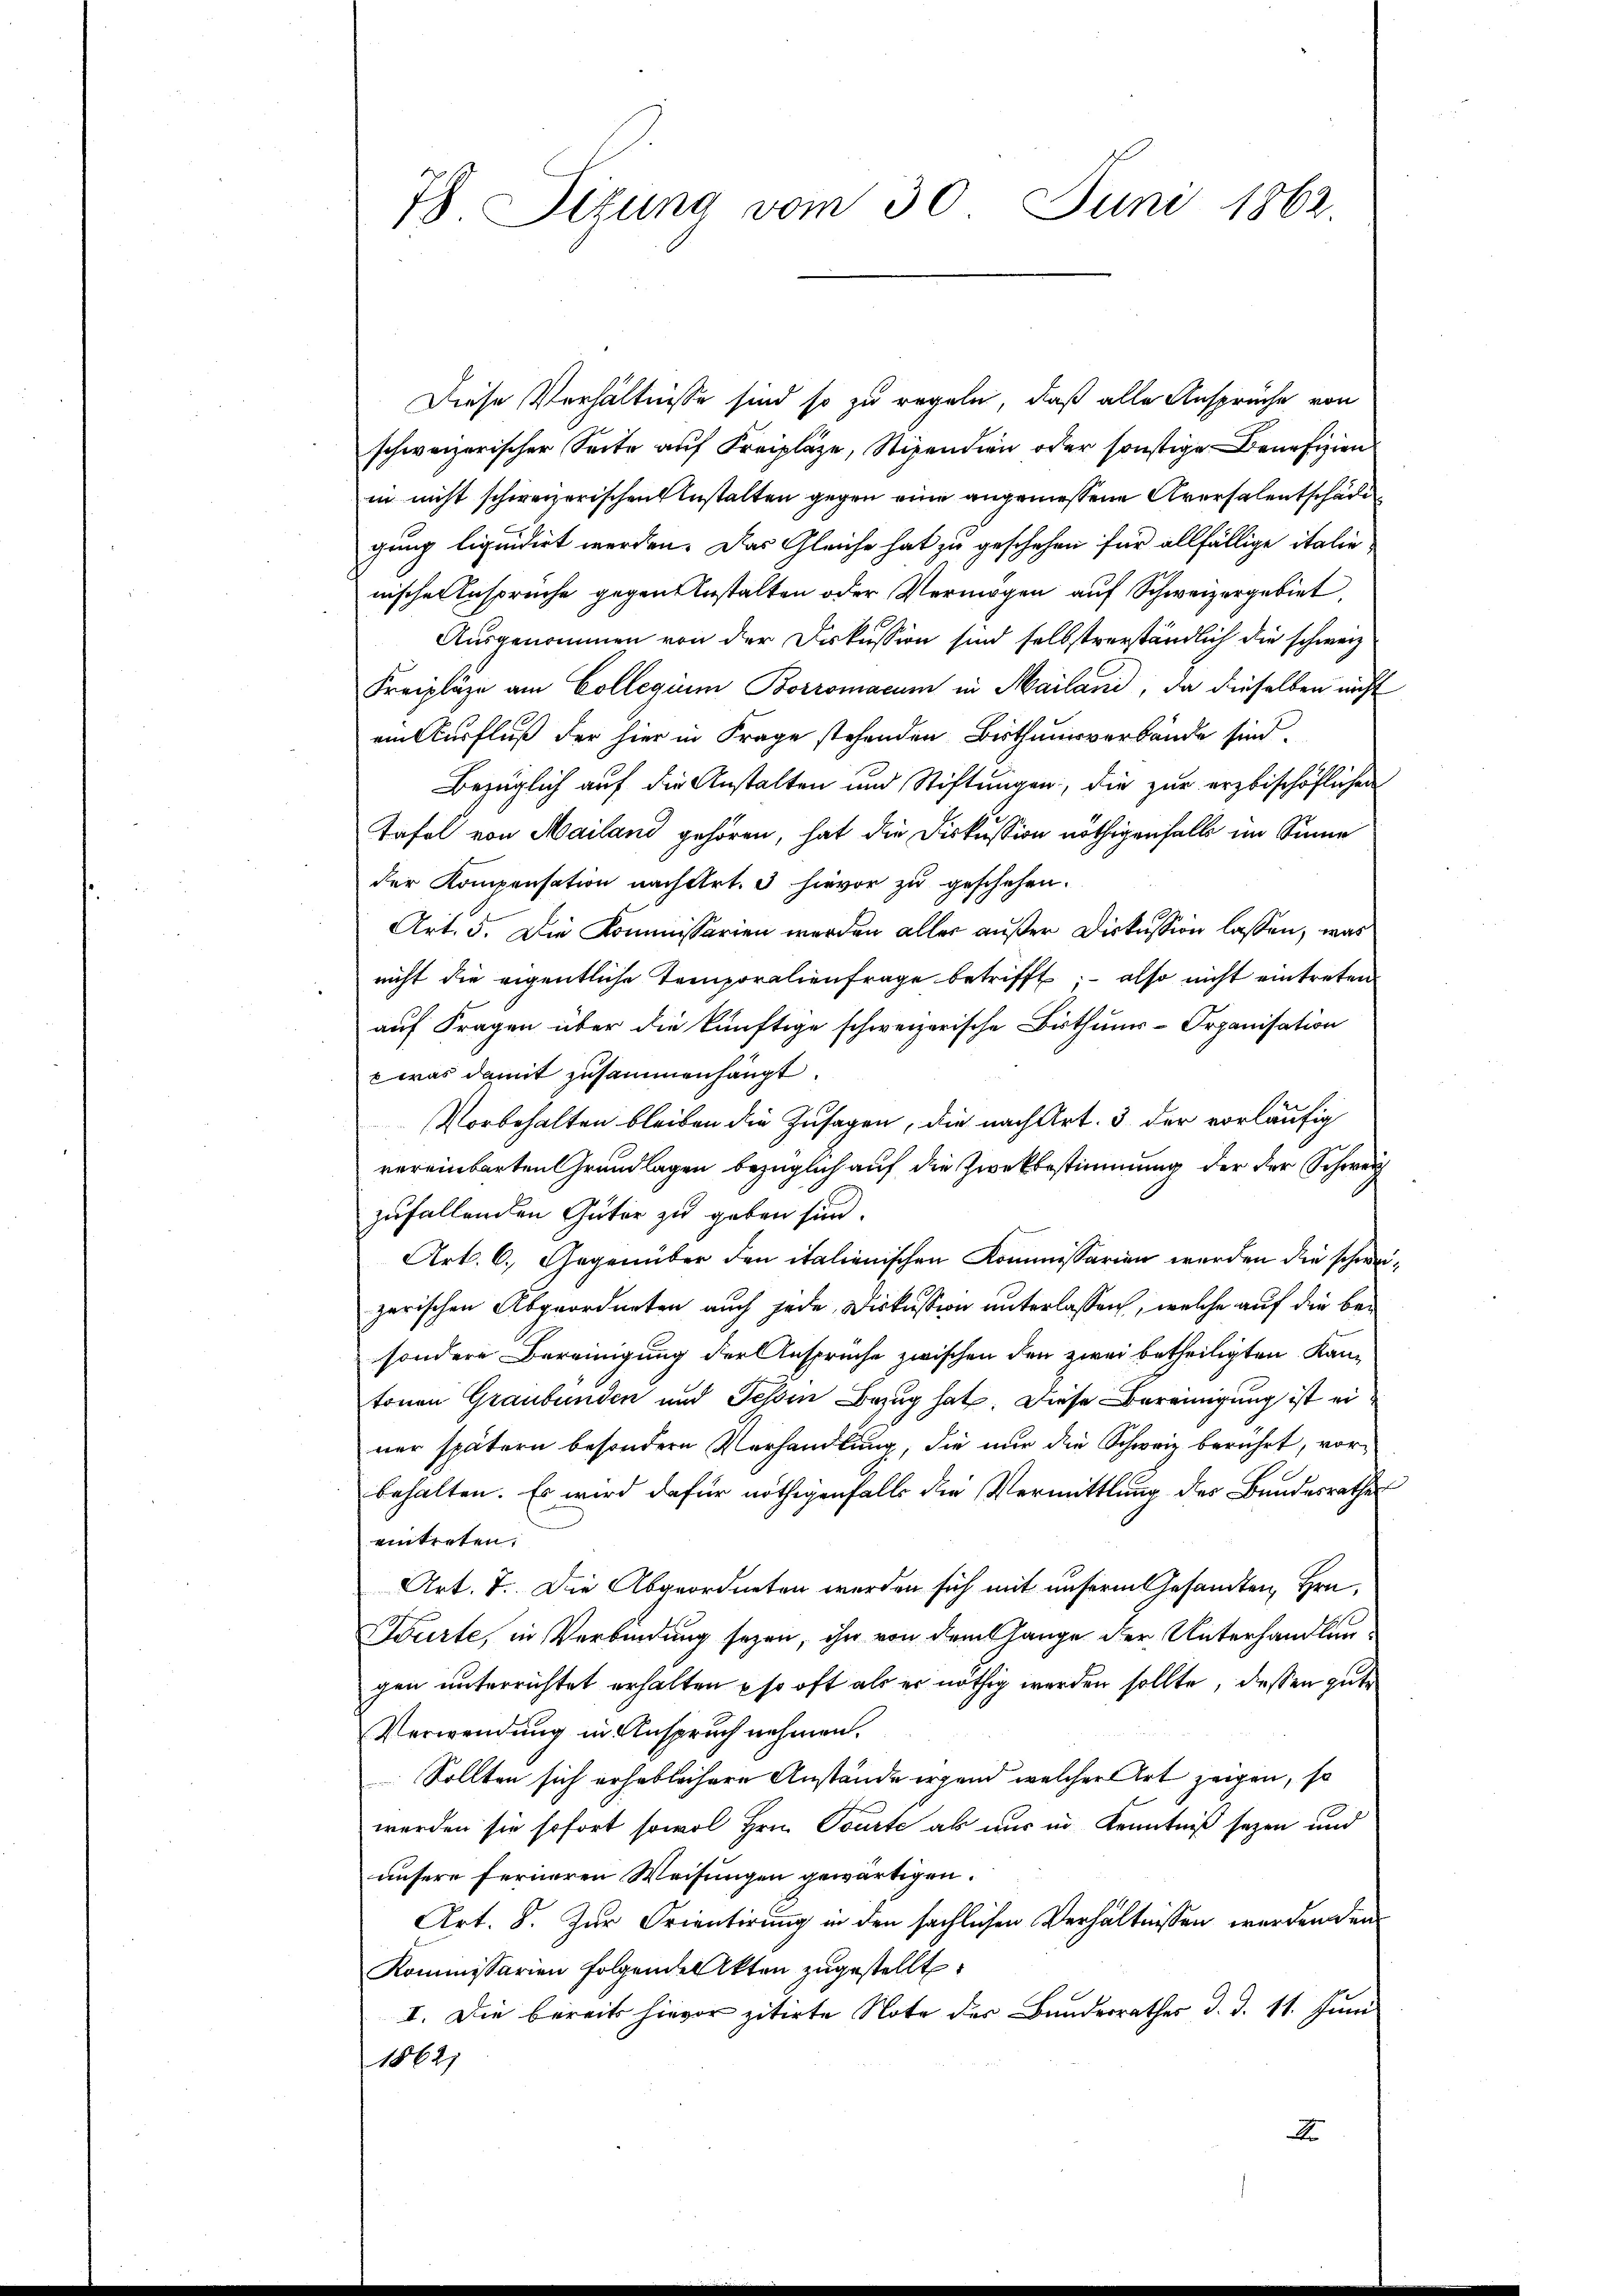
78 Sizung vom 30. Juni 1862.

Diese Verhältnisse sind so zu regeln, daß alle Ansprüche von
schweizerischer Seite auf Freiplaze, Stipendien oder sonstige Benefizien
in nicht schweizerischen Anstalten gegen eine angemessene Aversalentschädig
gung liquidirt werden. Das Gleiche hat zu geschehen für allfällige italie
nischenspruche gegen bestalten oder Vermögen auf Schweizergebiet,
Ausgenommen von der Diskussion sind selbstverständlich die schweiz.
Freipläge am Collegium Borromacum in Mailand, da dieselben nicht
ain Ausfluß der hier in Frage stehenden Bisthausverbände sind.
Bezüglich auf die Anstalten und Stiftungen, die zur erzbischöflichen
Tafel von Mailand gehören, hat die Diskussion nöthigenfalls im Sinne
der Kompensation nach Art. 3 hievor zu geschehen.
Art. 5. Die Kommissarien werden aller außer Diskussion lassen, was
nicht die eigentliche Temporalienfrage betrifft; - also nicht eintreten
auf Fragen über die künftige schweizerische Bithuur-Organisation
 was damit zusammenhängt.
Vorbehalten bleiben die Zusagen, die nach Art. 3 der vorläufig
vereinbarten Grundlagen bezüglich auf die Zwekbestimmung der der Schweiz
zufallenden Güter zu geben sind.
Art. 6. Gegenüber den italienischen Kommissarien werden die schweizerischen Abgeordneten auch jede Diskussion unterlassen, welche auf die besondere Bereinigung der Anspruche zwischen den zwei betheiligten Kantonen Graubünden und Teßin Bezug hat. Diese Bereinigung ist einer spätern besondern Verhandlung, die nur die Schweiz berührt, vorbehalten. Es wird dafür nöthigenfalls die Vermittlung des Bundesrathes
eintreten,
Art. 7. Die Abgeordneten werden sich mit unserm Gesandten, Hrn.
ürte, in Verbindung seyen, ihn von dem Gange der Unterhandlungen unterrichtet erhalten so oft als er nöthig werden sollte, dessen gute
Verwendung in Anspruch nehmen.
Sollten sich erheblichere Anstände irgend welcher Art zeigen, so
werden sie sofort sowol Hrn. Tourte als nur in Kenntniß seyen und
unsere ferneren Weisungen gewärtigen.
Art. 8. Zur Orientirung in den sächlichen Verhältnissen werden den
Kommissarien folgenden Akten zugestellt,
I. Die bereits hievor zitirte Note des Bunderrathes d. d. 11. Juni
18621
x